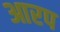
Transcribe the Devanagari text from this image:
आरप